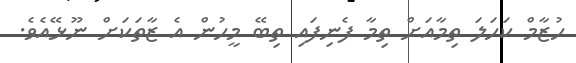
ހުޒާމް ކަހަލަ ތިމާއަށް ތިމާ ފެނިފައި ތިބޭ މީހުން އެ ޒާތަކަށް ނޫޅޭއެވެ.